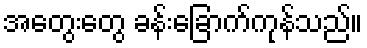
အတွေးတွေ ခန်းခြောက်ကုန်သည်။